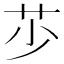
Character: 䒚